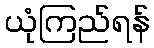
ယုံကြည်ရန်